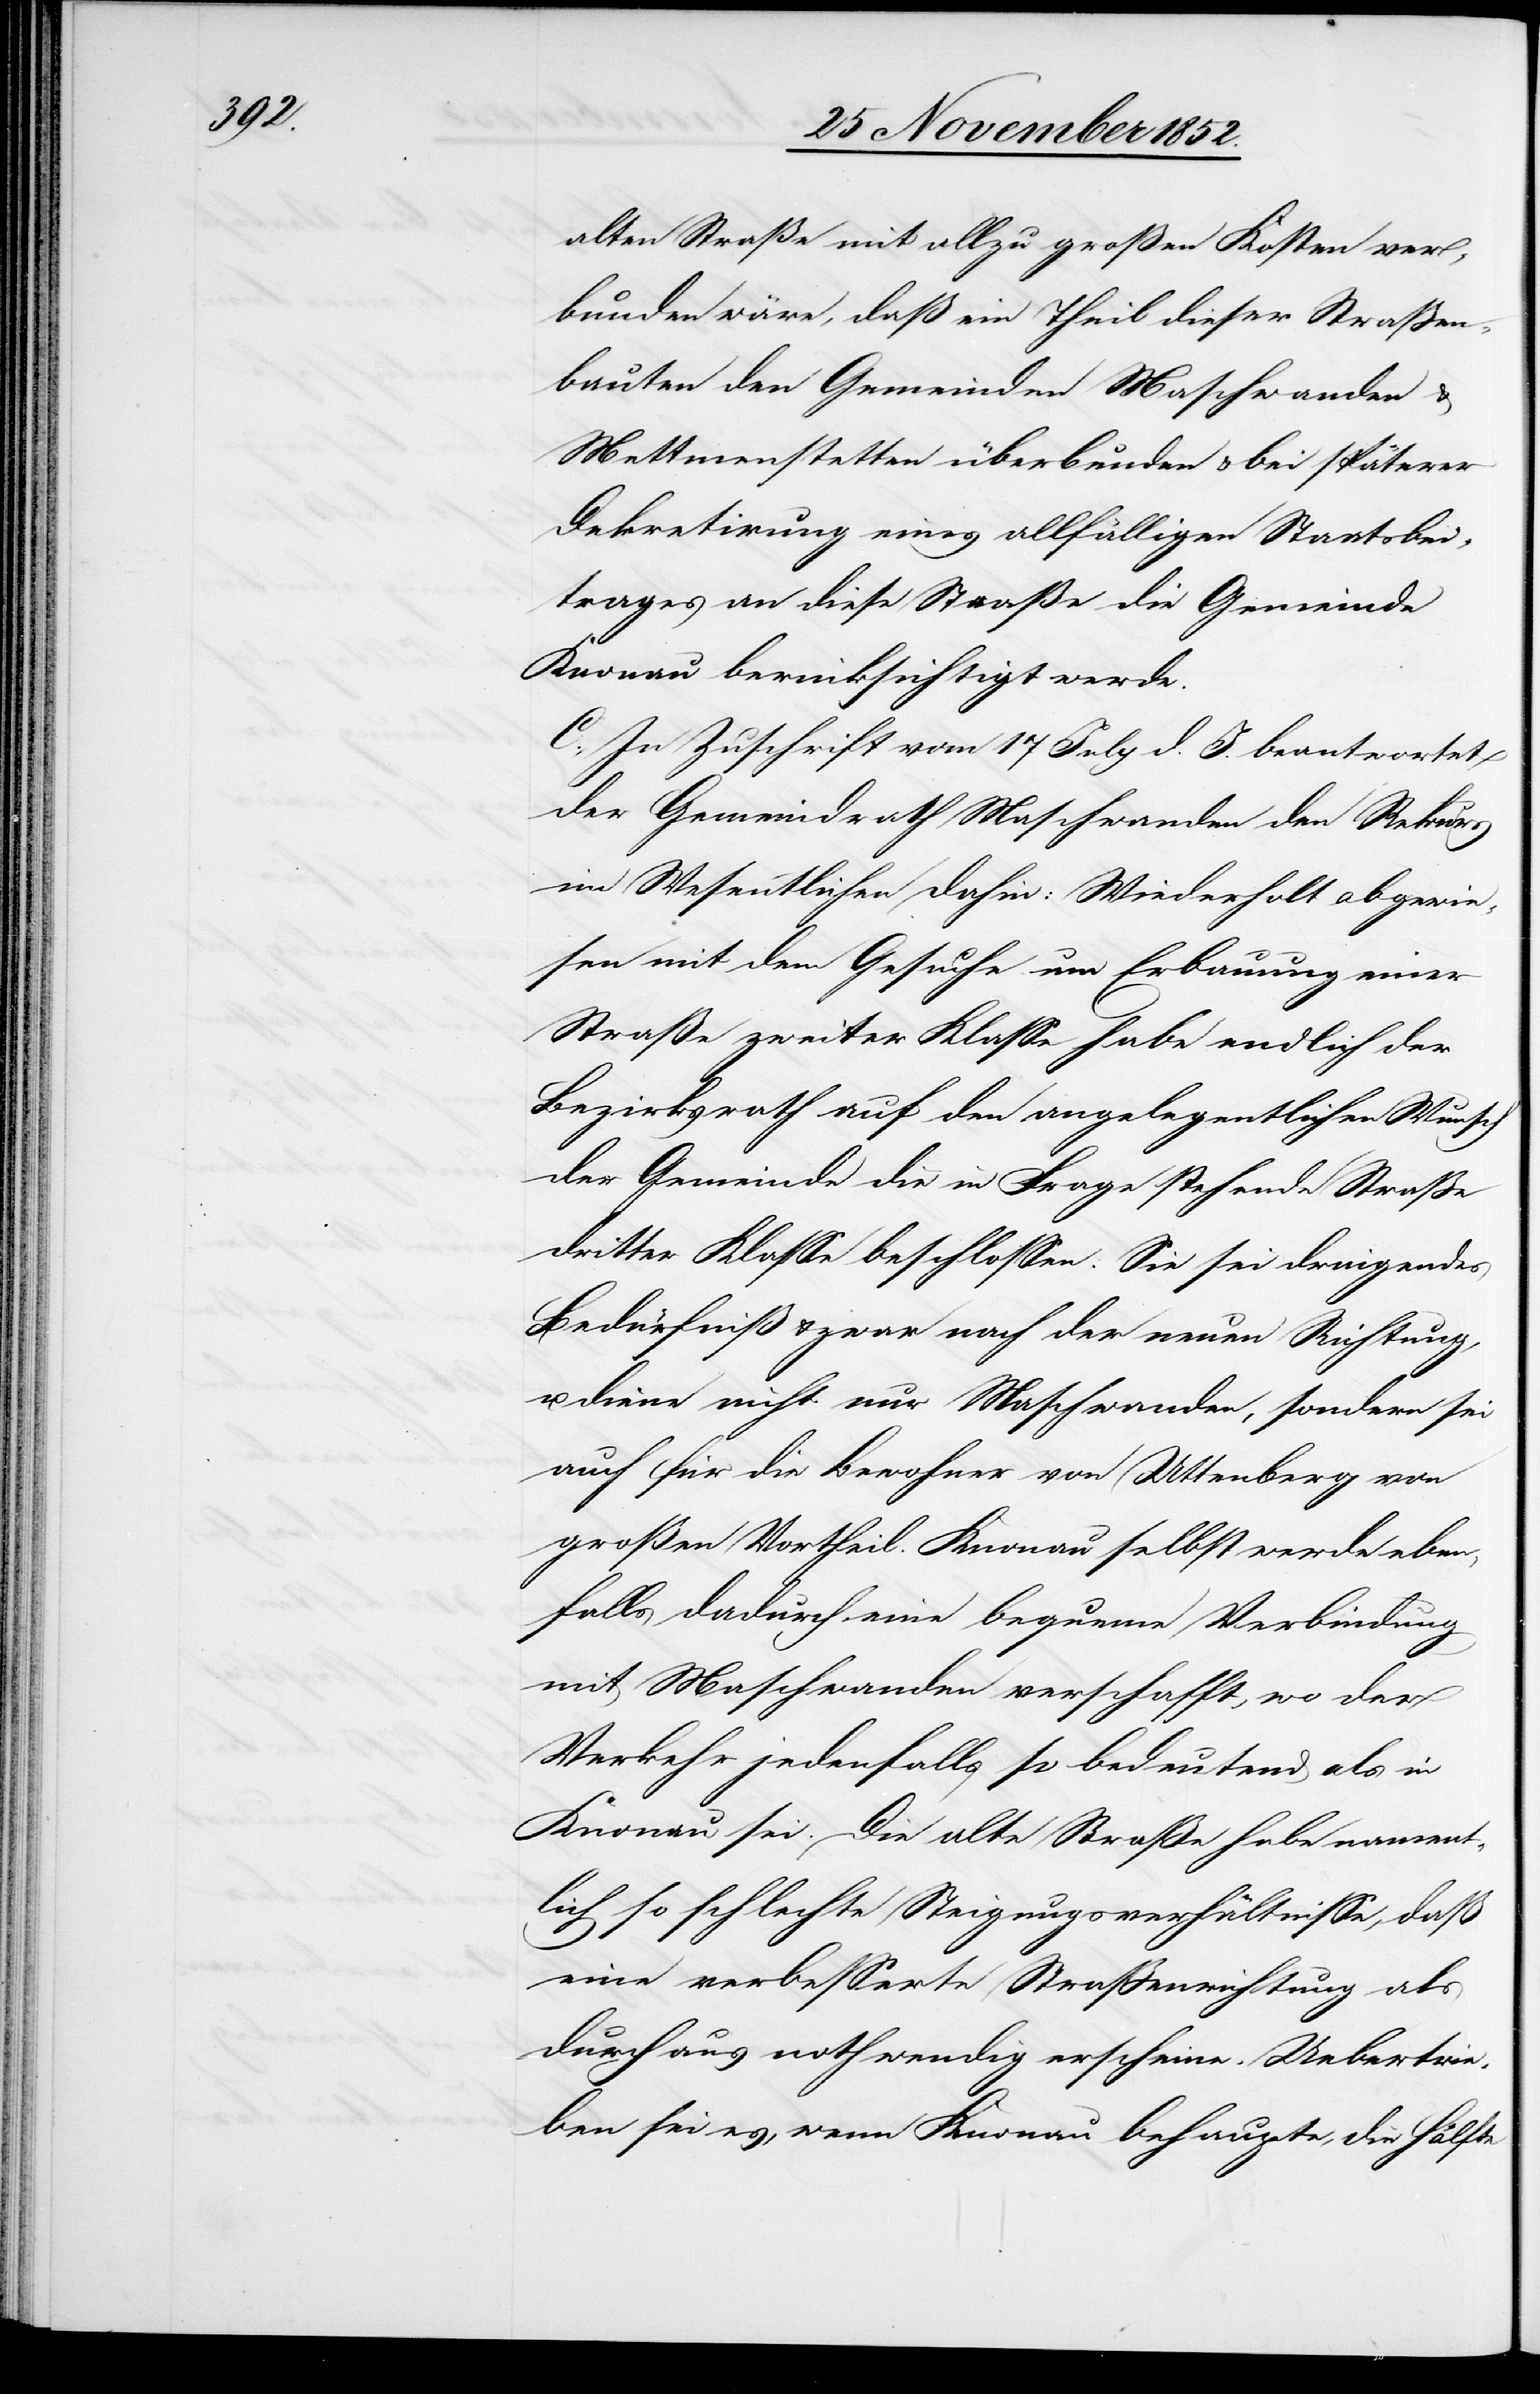
eben¬

alten Straße mit allzu großen Kosten ver¬
bunden wäre, daß ein Theil dieser Straßen¬
bauten den Gemeinden Maschwanden &
Mettmenstetten überbunden & bei späterer
Dekretirung eines allfälligen Staatsbei¬
trages an diese Straße die Gemeinde
Knonau berücksichtigt werde.
C., In Zuschrift vom 17 July d. J. beantwortet
der Gemeindrath Maschwanden den Rekurs
im Wesentlichen dahin: Wiederholt abgewie¬
sen mit dem Gesuche um Erbauung einer
Straße zweiter Klasse habe endlich der
Bezirksrath auf den angelegentlichen Wunsch
der Gemeinde die in Frage stehende Straße
dritter Klasse beschlossen: Sie sei dringendes
Bedürfniß & zwar nach der neuen Richtung,
diene nicht nur Maschwanden, sondern sei
auch für die Bewohner von Uttenberg von
falls dadurch eine bequeme Verbindung
mit Maschwanden verschafft, wo der
Verkehr jedenfalls so bedeutend als in
Knonau sei. Die alte Straße habe nament¬
lich so schlechte Steigungsverhältnisse, daß
eine verbesserte Straßenrichtung als
durchaus nothwendig erscheine. Uebertrie¬
ben sei es, wenn Knonau behaupte, die Hälfte